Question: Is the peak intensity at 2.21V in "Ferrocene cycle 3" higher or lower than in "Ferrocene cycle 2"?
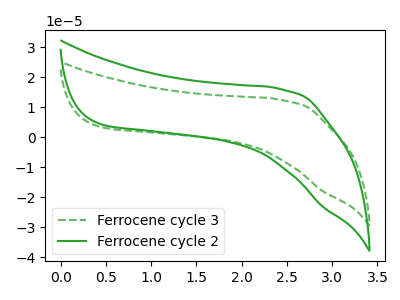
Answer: <think>The green dashed curve "Ferrocene cycle 3" has no peaks. The green curve "Ferrocene cycle 2" has no peaks.</think>
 <answer>"Ferrocene cycle 3" and "Ferrocene cycle 2" dont share a peak at 2.21V.</answer>
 <eval>mismatch</eval>